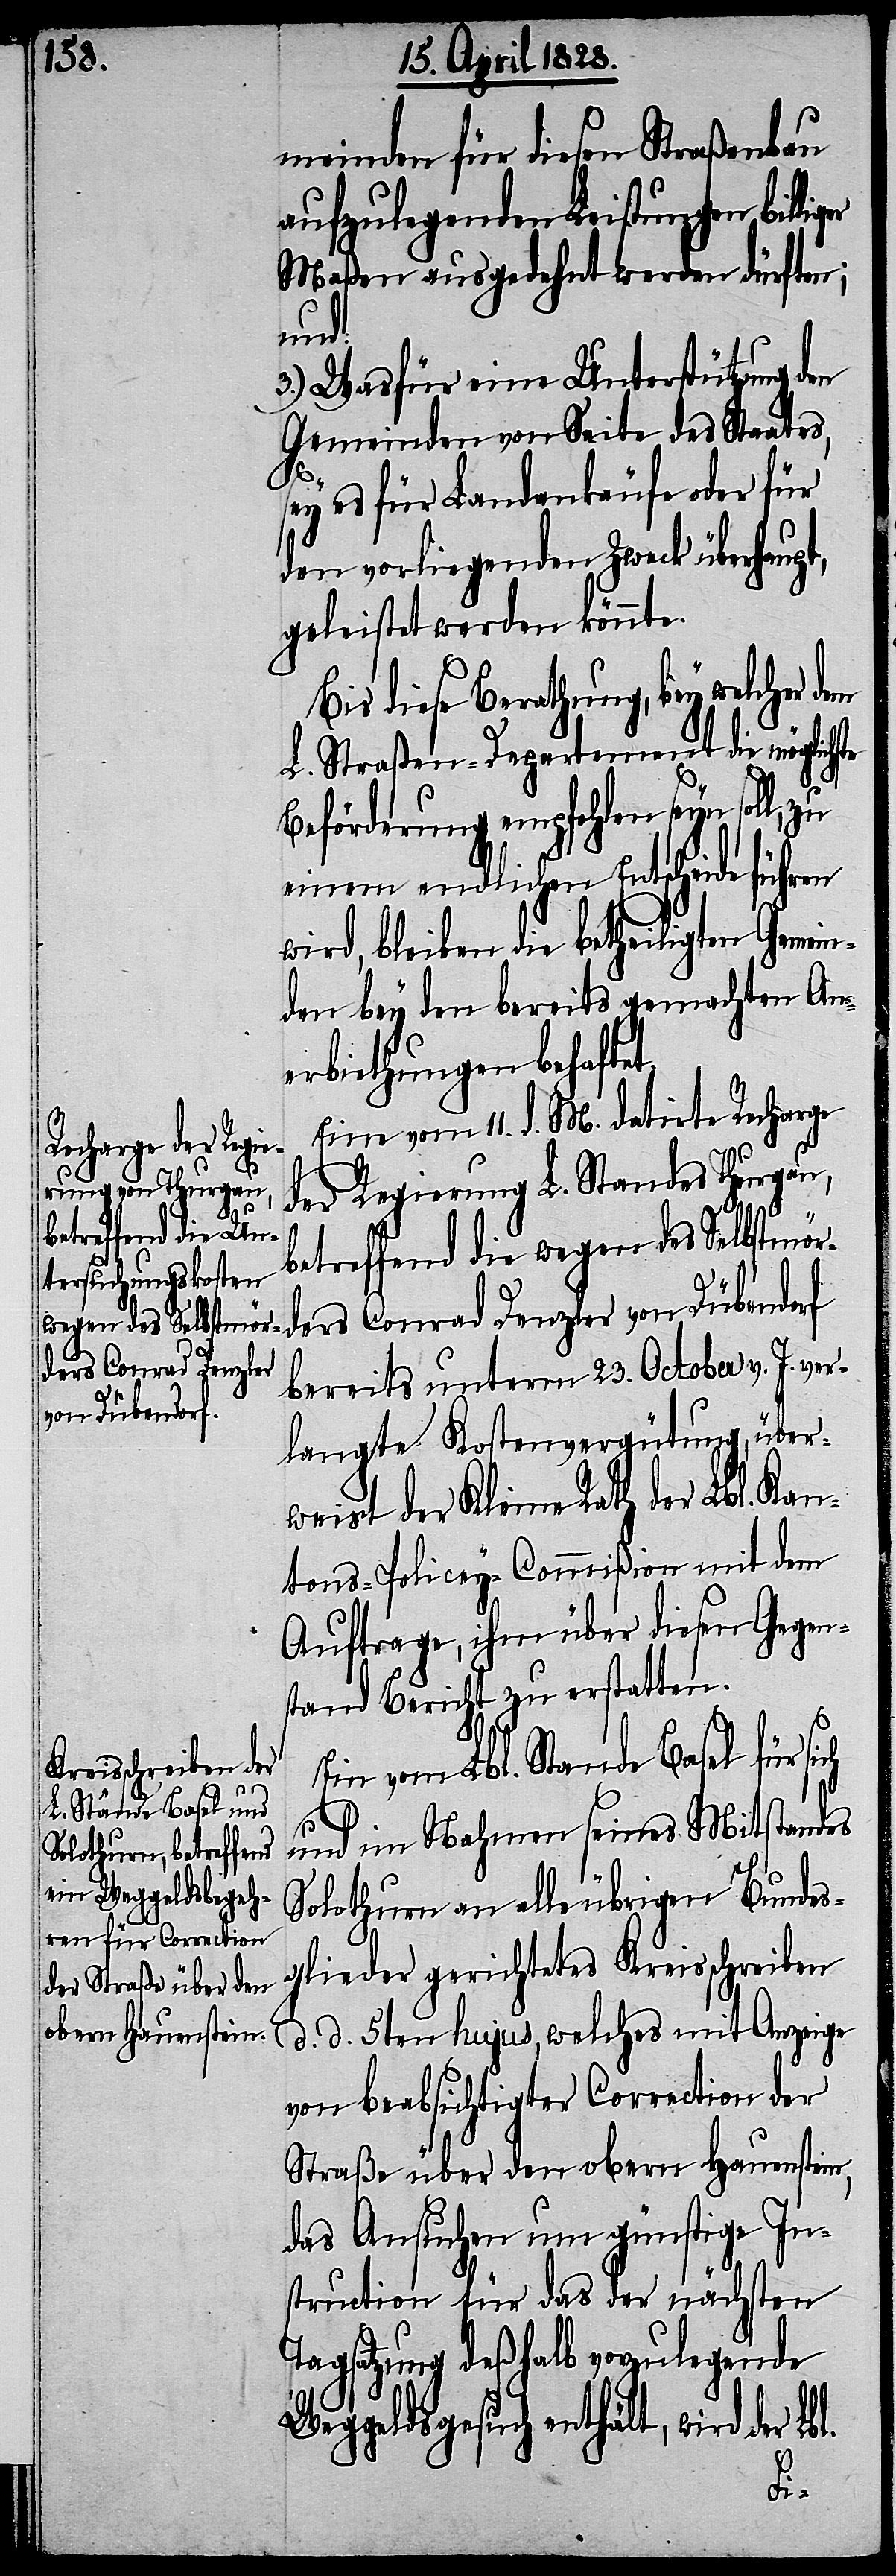
meinden für diesen Straßenbau
aufzulegenden Leistungen billi¬
Maßen ausgedehnt werden dürften;
und:
3.) Wasfür eine Unterstützung den
Gemeinden von Seite des Staates,
sey es für Landankäufe oder für
den vorliegenden Zweck überhaupt,
geleistet werden könnte.
Bis diese Berathung, bey welcher
L. Straßen-Departement die möglichste
Beförderung empfohlen seyn soll,
einem endlichen Entscheide führen
wird, bleiben die betheiligten Gemein¬
den bey den bereits gemachten An¬
erbiethungen behaftet.
Eine vom 11. d. M. datirte Recharge
der Regierung L. Standes Thurgau,
betreffend die
wegen des Selbstmörders Conrad Denzler von Dübendorf
bereits unterm 23. October v. J. ver¬
langte Kostenvergütung, über¬
weist der Kleine Rath der Lbl. Kan¬
tons-Policey-Commißion mit dem
Auftrage, ihm über diesen Gegen¬
stand Bericht zu erstatten.
Ein vom Lbl. Stande Basel für sich
und im Nahmen seines Mitstandes
Solothurn an alle übrigen Bundes¬
glieder gerichtetes Kreisschreiben
d. d. 5ten hujus, welches mit Anzeige
von beabsichtigter Correction der
Straße über den obern Hauenstein,
das Ansuchen um günstige In¬
struction für das der nächsten
Tagsatzung deßhalb vorzulegende
Weggeldsgesuch enthält, wird der L¬
bl.